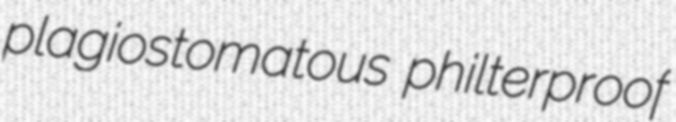
plagiostomatous philterproof